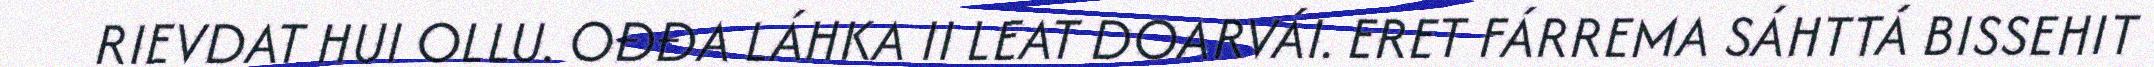
RIEVDAT HUI OLLU. OĐĐA LÁHKA II LEAT DOARVÁI. ERET FÁRREMA SÁHTTÁ BISSEHIT